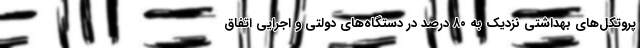
پروتکل‌های بهداشتی نزدیک به ۸۰ درصد در دستگاه‌های دولتی و اجرایی اتفاق